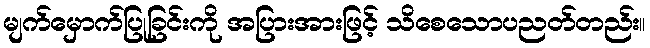
မျက်မှောက်ပြုခြင်းကို အပြားအားဖြင့် သိစေသောပညတ်တည်း။